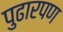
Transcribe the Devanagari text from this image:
पुढारपण